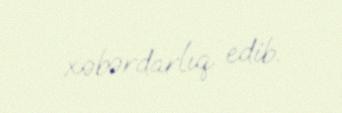
xəbərdarlıq edib.